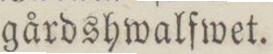
gårdshwalfwet.